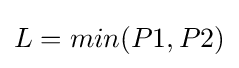
L=min(P1,P2)